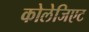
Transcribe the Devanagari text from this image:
कोलेजिएट